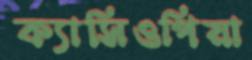
ক্যাসিওপিয়া